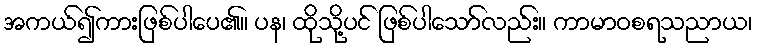
အကယ်၍ကားဖြစ်ပါပေ၏။ ပန၊ ထိုသို့ပင် ဖြစ်ပါသော်လည်း။ ကာမာဝစရသညာယ၊